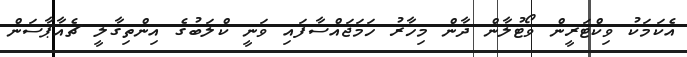
އެކަމަކު ވިކްޓަރީން ވޯޓުލާން ދާން މިހާރު ހަމަޖައްސާފައި ވަނީ ކްލަބުގެ އިންތިގާލީ ޗެއާޕާސަން